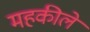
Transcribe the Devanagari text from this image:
महकीले